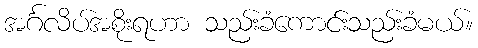
အင်္ဂလိပ်အစိုးရဟာ သည်းခံကောင်းသည်းခံမယ်။